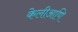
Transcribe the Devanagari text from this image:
केलीआणि